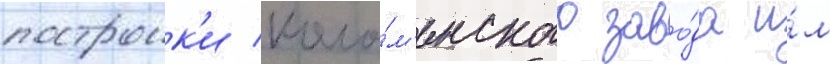
построик'и коло́м'енского заво́да и́м